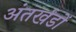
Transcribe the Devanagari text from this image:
अंतर्खंडों